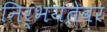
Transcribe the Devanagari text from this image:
निर्भयतेवर